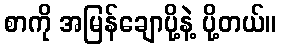
စာကို အမြန်ချောပို့နဲ့ ပို့တယ်။